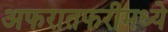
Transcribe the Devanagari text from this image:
अफरातफरीमध्ये